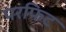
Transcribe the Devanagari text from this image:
परफिट